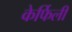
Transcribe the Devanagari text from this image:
केर्फिली